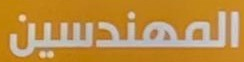
المهندسين